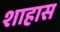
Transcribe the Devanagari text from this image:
शाहास